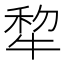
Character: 犂